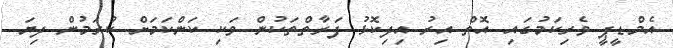
އެމްޑީޕީ ވެރިކަމުގައި އޮތް އިރު އިދިކޮޅު ފަރާތްތަކުން ވަކި ކަންކަމަށް ކުރަމުން ދިޔަ